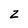
Character: z